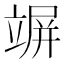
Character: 竮